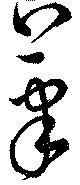
筆